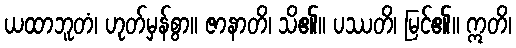
ယထာဘူတံ၊ ဟုတ်မှန်စွာ။ ဇာနာတိ၊ သိ၏။ ပဿတိ၊ မြင်၏။ ဣတိ၊